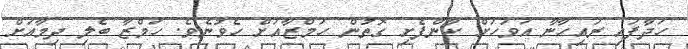
ހަދާފައި ރައިހާނާ އަވަހަށް ކާންފެށި ގޮތުން ހަމްޒާއަށް ހެވުނެވެ. ހަމްޒާ ބެލި ދިމާއަށް